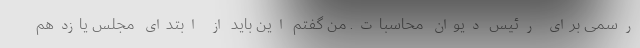
رسمی برای رئیس دیوان محاسبات. من گفتم این باید از ابتدای مجلس یازدهم